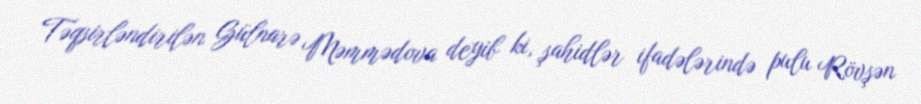
Təqsirləndirilən Gülnarə Məmmədova deyib ki, şahidlər ifadələrində pulu Rövşən